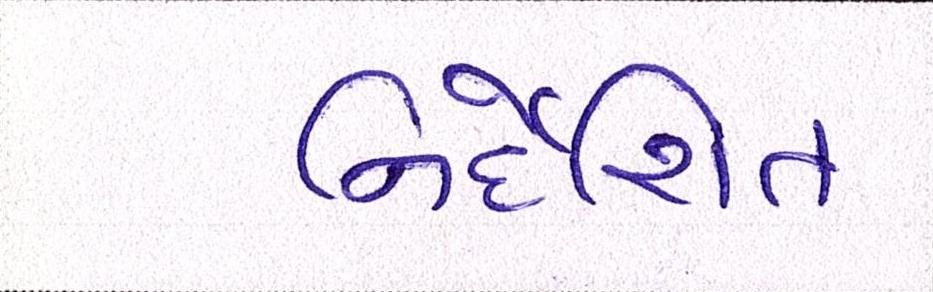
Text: નિર્દેશિત